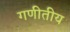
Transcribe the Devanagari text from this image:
गणीतीय